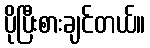
ပိုပြီးစားချင်တယ်။